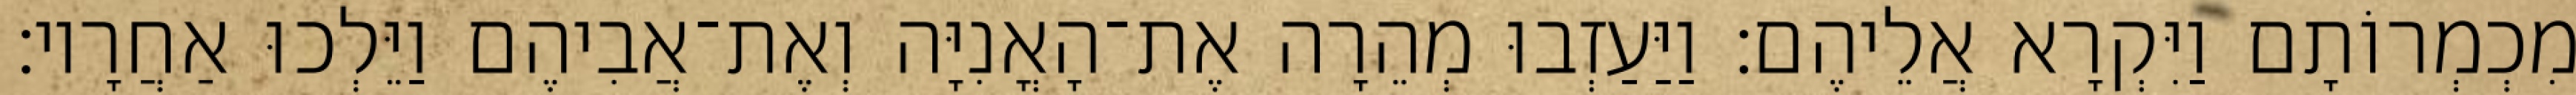
מִכְמְרוֹתָם וַיִּקְרָא אֲלֵיהֶם׃ וַיַּעַזְבוּ מְהֵרָה אֶת־הָאֳנִיָּה וְאֶת־אֲבִיהֶם וַיֵּלְכוּ אַחֲרָיו׃